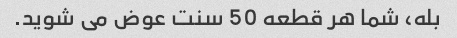
بله، شما هر قطعه 50 سنت عوض می شوید.